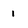
Character: 1